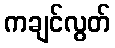
ကချင်လွတ်